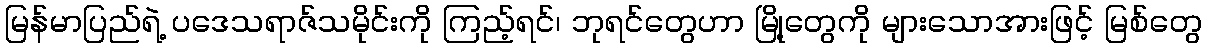
မြန်မာပြည်ရဲ့ ပဒေသရာဇ်သမိုင်းကို ကြည့်ရင်၊ ဘုရင်တွေဟာ မြို့တွေကို များသောအားဖြင့် မြစ်တွေ